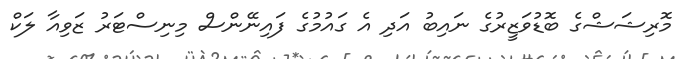
މޮރިޝަޝްގެ ބޮޑުވަޒީރުގެ ނައިބު އަދި އެ ގައުމުގެ ފައިނޭންސް މިނިސްޓަރު ޒަވިއާ ލަކް